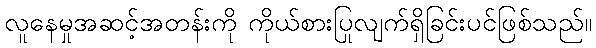
လူနေမှုအဆင့်အတန်းကို ကိုယ်စားပြုလျက်ရှိခြင်းပင်ဖြစ်သည်။